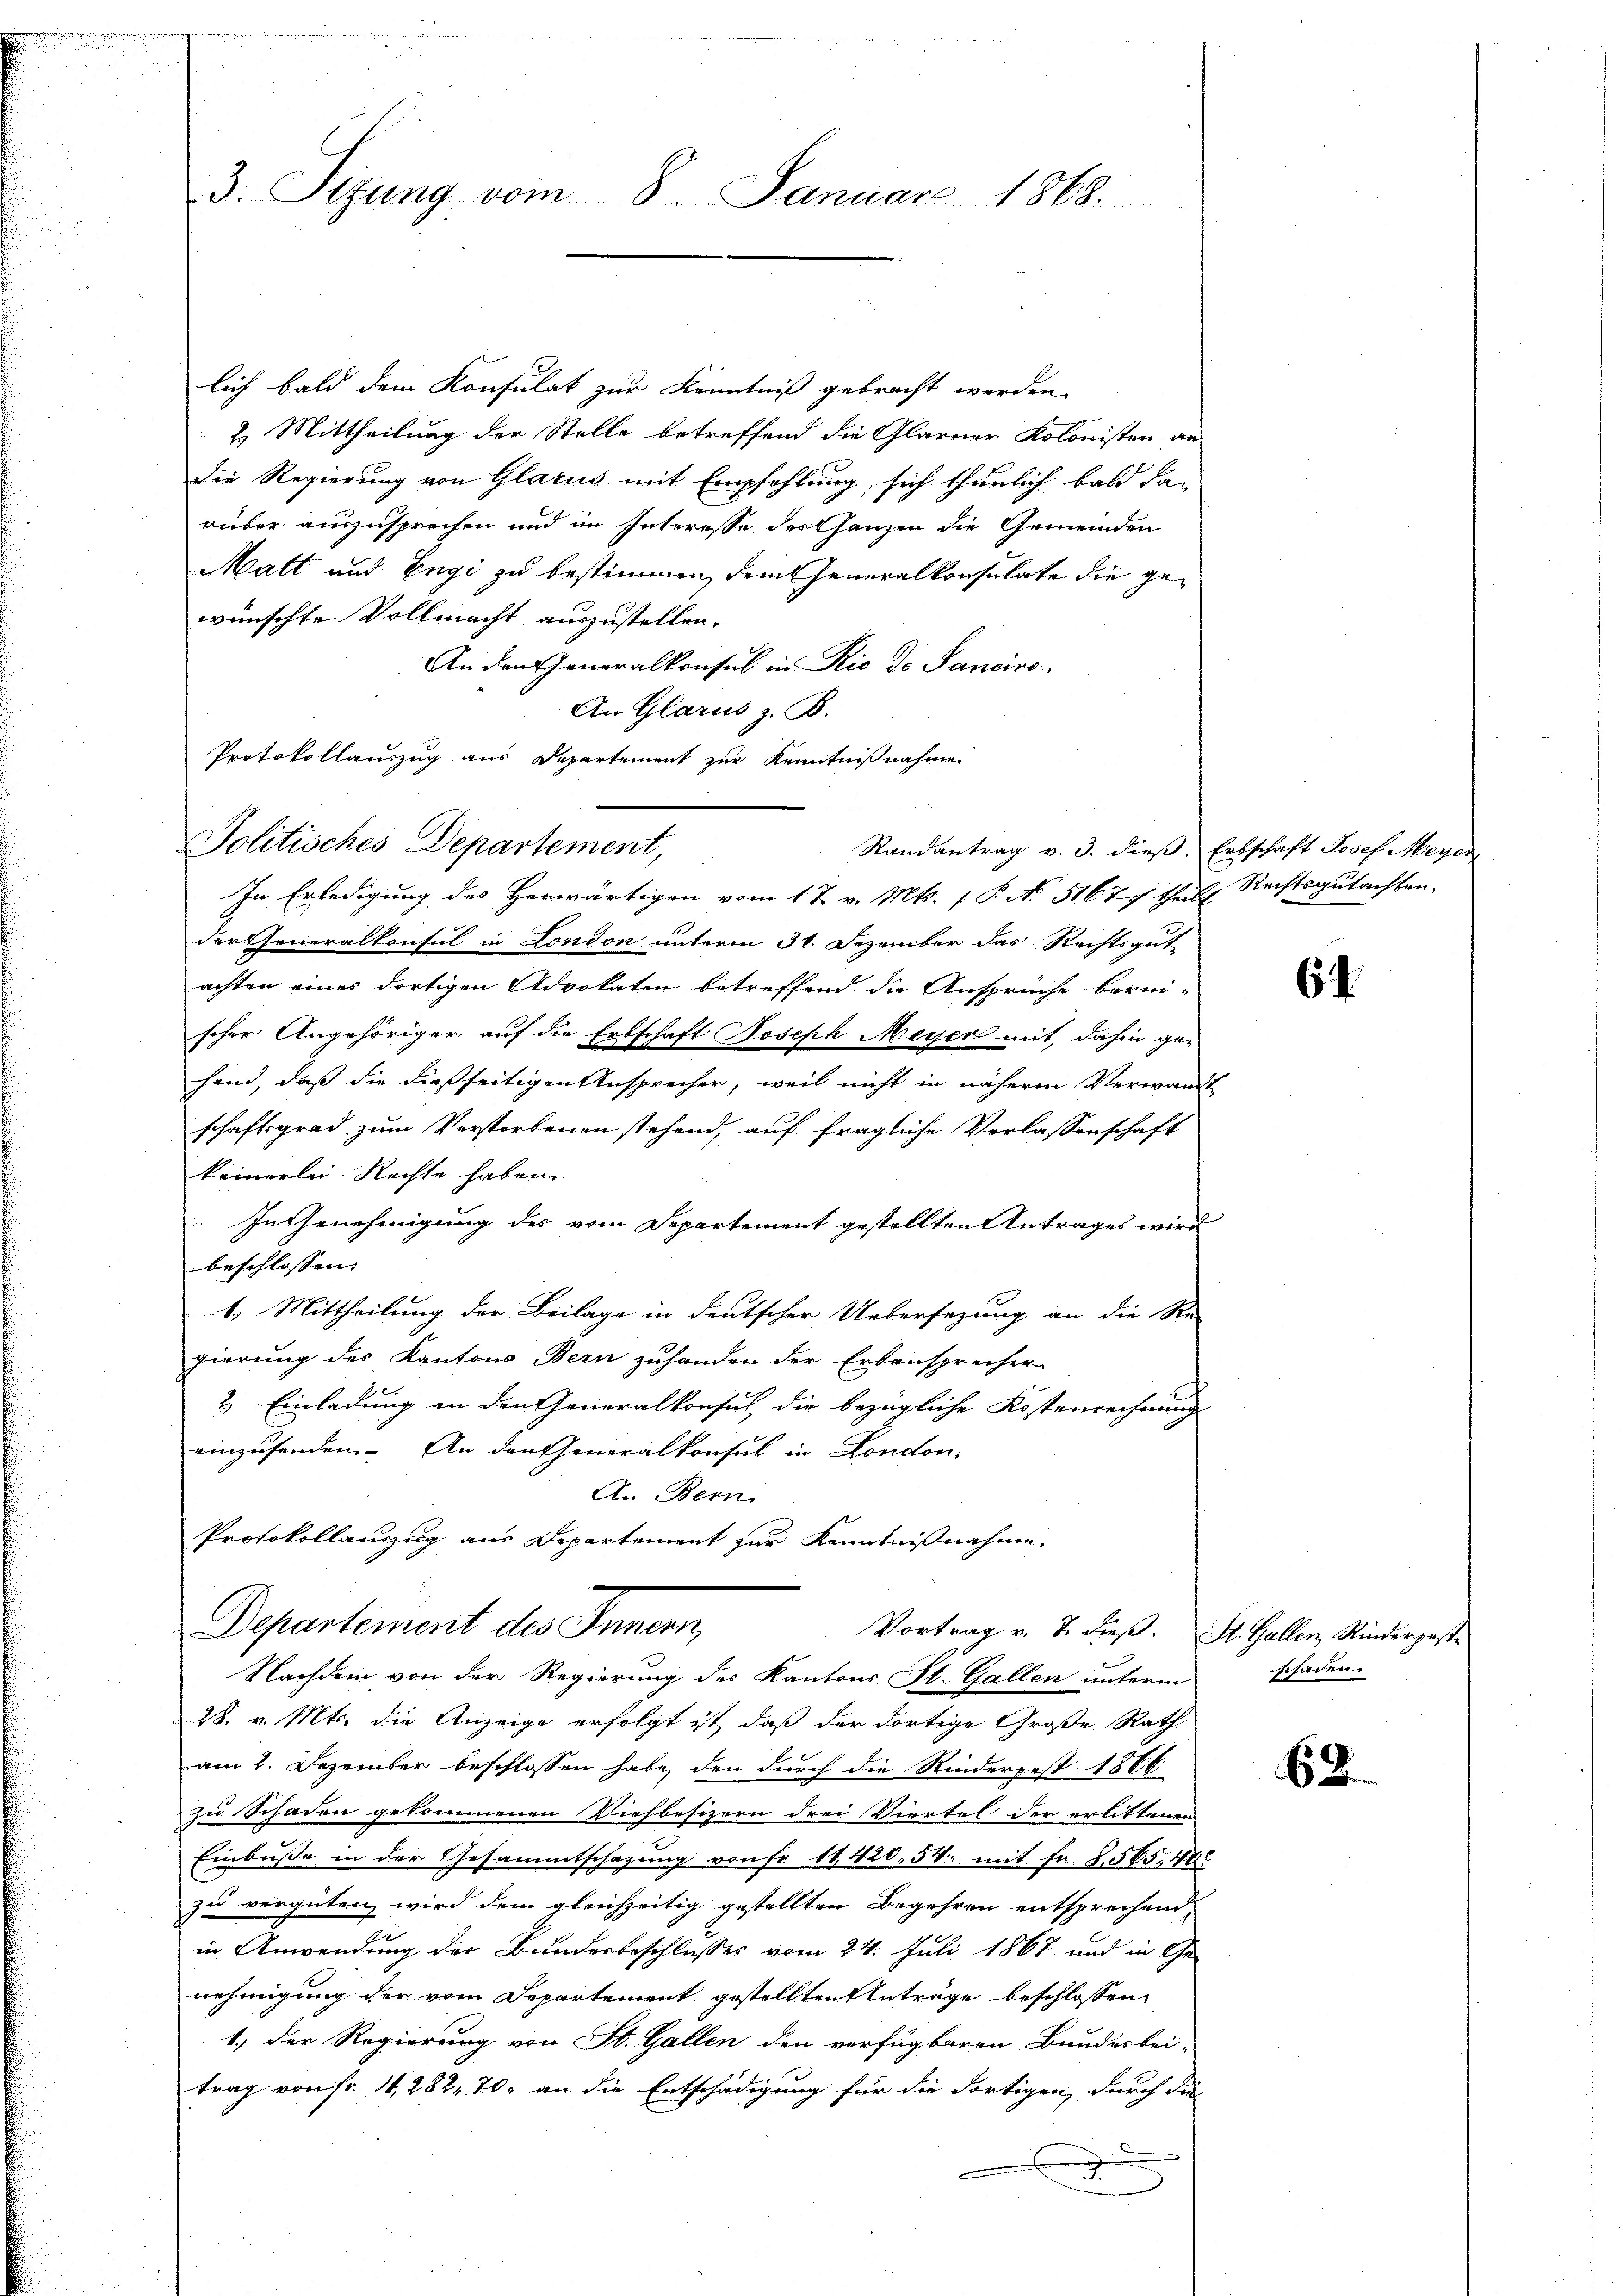
3. Sizung vom 8. Januar 1868.

lich bald dem Konsulat zur Kenntniß gebracht werden,
2. Mittheilung der Stelle betreffend die Glarner Kolonisten an
Die Regierung von Glarus mit Empfehlung, sich thunlich bald da-
rüber auszusprechen und im Interesse des Ganzen die Gemeinden
Matt und Engi zu bestimmen, dem Generalkonsulate die gewünschte Vollmacht auszustellen.
An den Generalkonsul in Rio de Sancirs.
An Glarus z. B.
Protokollauszug aus Departement zur Kenntnißnahme
In Erledigung des Herwärtigen vom 1 t v. Mts. f. P. No. 5167) theils Rechtsgutachten.
der Generalkonsul in London unterm 31. Dezember das Rechtsgut
achten eines dortigen Advokaten betreffend die Ansprüche berei-
scher Angehöriger auf die Erbschaft Joseph Meyer mit, dahin gehand, daß die dießseitigen Ansprecher, weil nicht in nähere Verwandt
schaftsgrad zum Verstorbenen stehend, auf fragliche Verlassenschaft
keinerlei Rechte haben.
In Genehmigung des vom Departement gestellten Antrages wird
beschlossen. |
1. Mittheilung der Beilage in deutscher Uebersezung an die Re-
gierung des Kantons Bern zuhanden der Erbensprecher
2.) Einladung an den Generalkonsul die bezügliche Kostenrechnung
einzusenden. An den Generalkonsul in London.
An Bern
Protokollauszug aus Departement zur Kenntnißnahme,
Departement des Innern,
Vortrag v. 7. dieß. St. Gallen, Rinderposte
Nachdem von der Regierung des Kantons St. Gallen unterm
28. v. Mts. die Anzeige erfolgt ist, daß der dortige Große Rath
am 2. Dezember beschlossen habe, den durch die Rinderpest 1866
zu Schaden gekommenen Viehbesizern drei Viertel der erlittenen
Einbusse in der Gesammtschazung von Fr. 11,420. 54. mit Fr. 2565, 40
zu vergüten, wird dem gleichzeitig gestellten Begehren entsprechen,
in Anwendung der Bundesbeschlusses vom 24. Juli 1867 und in Ge-
nehmigung der vom Departement gestellten Anträge beschlossen,
1.) Der Regierung von St. Gallen den verfügbaren Bunderbei-
trag von fr. 4, 282, 70, an die Entschädigung für die dortigen, durch die
2

Politisches Departement,

Randantrag v. 3. dieß. Erbschaft Josef Meyer

6

schaden.

62